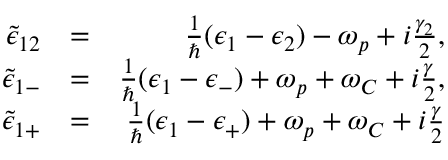
\begin{array} { r l r } { \tilde { \epsilon } _ { 1 2 } } & { = } & { \frac { 1 } { \hbar } ( \epsilon _ { 1 } - \epsilon _ { 2 } ) - \omega _ { p } + i \frac { \gamma _ { 2 } } { 2 } , } \\ { \tilde { \epsilon } _ { 1 - } } & { = } & { \frac { 1 } { \hbar } ( \epsilon _ { 1 } - \epsilon _ { - } ) + \omega _ { p } + \omega _ { C } + i \frac { \gamma } { 2 } , } \\ { \tilde { \epsilon } _ { 1 + } } & { = } & { \frac { 1 } { \hbar } ( \epsilon _ { 1 } - \epsilon _ { + } ) + \omega _ { p } + \omega _ { C } + i \frac { \gamma } { 2 } } \end{array}